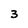
Character: 3